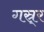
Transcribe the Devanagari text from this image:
गस्र्र